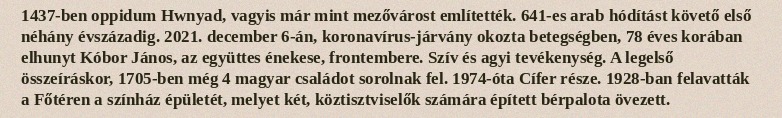
1437-ben oppidum Hwnyad, vagyis már mint mezővárost említették. 641-es arab hódítást követő első néhány évszázadig. 2021. december 6-án, koronavírus-járvány okozta betegségben, 78 éves korában elhunyt Kóbor János, az együttes énekese, frontembere. Szív és agyi tevékenység. A legelső összeíráskor, 1705-ben még 4 magyar családot sorolnak fel. 1974-óta Cífer része. 1928-ban felavatták a Főtéren a színház épületét, melyet két, köztisztviselők számára épített bérpalota övezett.